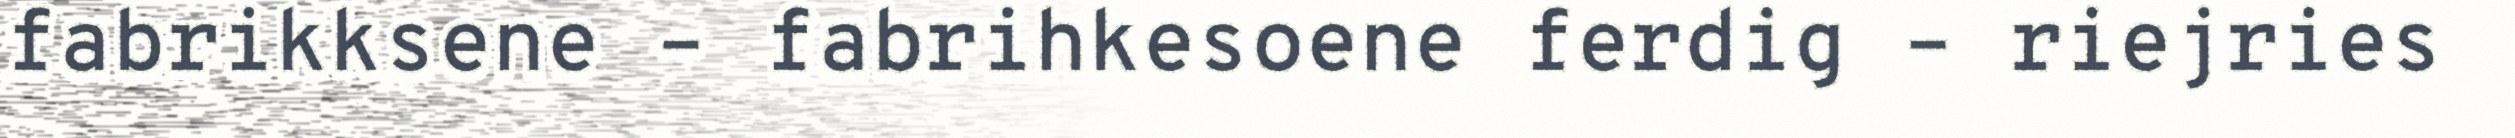
fabrikksene – fabrihkesoene ferdig – riejries